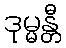
ဒုမ္မန္တီ